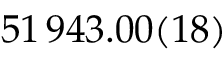
5 1 \, 9 4 3 . 0 0 ( 1 8 )